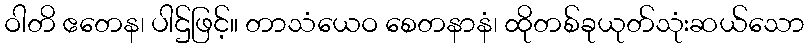
ဝါတိ ဧတေန၊ ပါဌ်ဖြင့်။ တာသံယေဝ စေတနာနံ၊ ထိုတစ်ခုယုတ်သုံးဆယ်သော